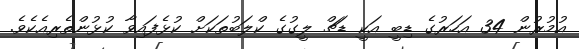
އުމުރުން 34 އަހަރުގެ ޑިބީ އަކީ ޑަޗް ލީގުގެ ކްލަބުތަކަށް ކުޅެފައިވާ ކުޅުންތެރިއެކެވެ.